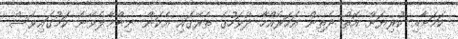
ކަމަށާއި ކުރިޔަށް އޮތް ދެތިން އަހަރެއްހާ ދުވަހުގެ ތެރޭގައި އެކަން ނިންމާލެވޭނެ ކަމުގައިވެސް